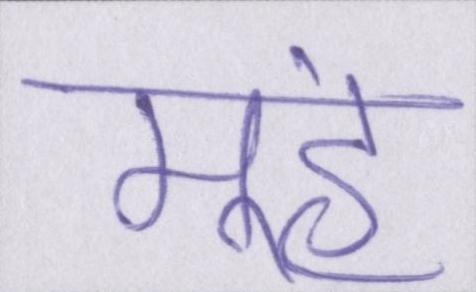
मूंह